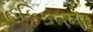
હકિકતનો